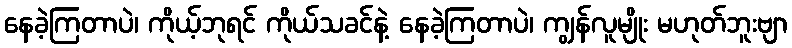
နေခဲ့ကြတာပဲ၊ ကိုယ့်ဘုရင် ကိုယ်သခင်နဲ့ နေခဲ့ကြတာပဲ၊ ကျွန်လူမျိုး မဟုတ်ဘူးဗျာ